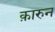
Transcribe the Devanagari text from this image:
क़ारुन